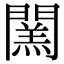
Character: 𨶅